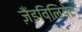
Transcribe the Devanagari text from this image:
ज़ैंडविलियेट